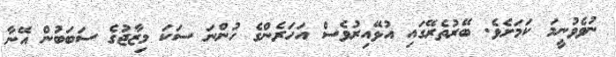
ނުވެވުނީމަ ކަމަށެވެ. ބޭރުތެރޭގައި އުޅޭއިރުވެސް އަހަރެންގެ ހުންނަ ސަކަ މިޒާޖުގެ ސަބަބުން އޭނާ